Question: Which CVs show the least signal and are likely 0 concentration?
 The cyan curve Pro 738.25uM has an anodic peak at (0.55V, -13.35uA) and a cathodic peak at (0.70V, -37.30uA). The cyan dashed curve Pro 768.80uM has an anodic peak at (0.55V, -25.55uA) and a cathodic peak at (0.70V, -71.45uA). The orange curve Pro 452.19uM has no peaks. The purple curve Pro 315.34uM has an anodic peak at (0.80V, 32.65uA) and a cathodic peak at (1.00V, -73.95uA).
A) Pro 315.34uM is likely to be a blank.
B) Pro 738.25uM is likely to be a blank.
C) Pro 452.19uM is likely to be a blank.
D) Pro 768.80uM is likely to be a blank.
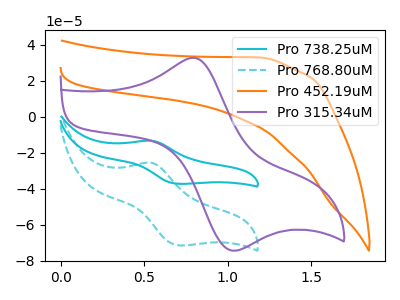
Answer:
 <answer>C) "Pro 452.19uM" is likely to be a blank.</answer>
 <eval>C</eval>